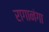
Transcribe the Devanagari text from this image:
रागानंगा